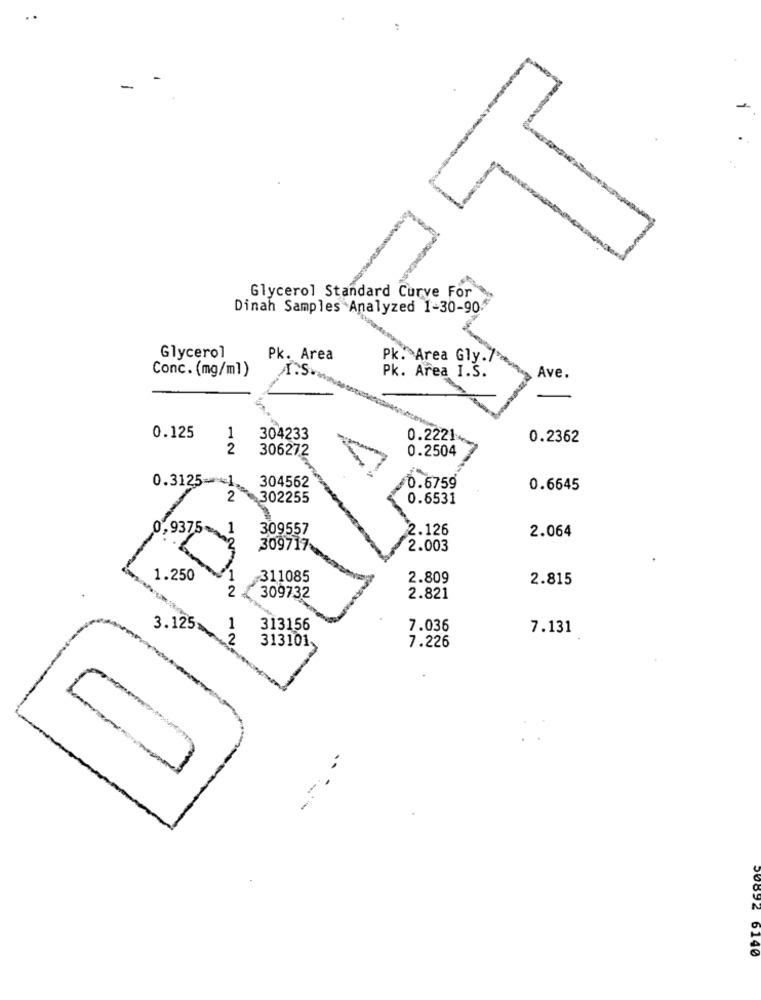
-
Glycerol Standard Curve For
Dinah Samples Analyzed 1-30-90
Glycerol
Pk. Area
Pk. Area Gly ..
Conc. (mg/ml)
A.S.
Pk. Area I.S.
Ave.
0.125
1
304233
0.2221
0.2362
2
306272
0.2504
304562
0.3125 == 1.
0.6759
0.6645
2
302255
0.6531
0,9375-
1
309557
$2.126
2.064
309717
2.003
1.250
¥311085
2.809
2.815
2
309732
2.821
3.125
1
313156
7.036
7.131
2
313101
7.226
-----
20092 6140